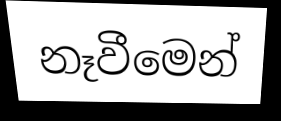
නෑවීමෙන්